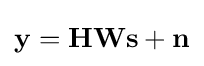
\mathbf {y} =\mathbf {HWs} +\mathbf {n}